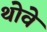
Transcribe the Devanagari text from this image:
थोवे